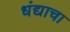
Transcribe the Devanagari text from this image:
धंद्याचा